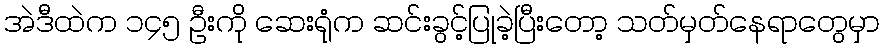
အဲဒီထဲက ၁၄၅ ဦးကို ဆေးရုံက ဆင်းခွင့်ပြုခဲ့ပြီးတော့ သတ်မှတ်နေရာတွေမှာ